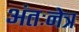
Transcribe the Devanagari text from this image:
अंतःनेत्र